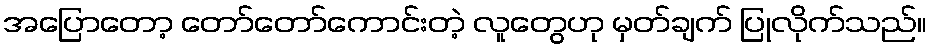
အပြောတော့ တော်တော်ကောင်းတဲ့ လူတွေဟု မှတ်ချက် ပြုလိုက်သည်။